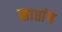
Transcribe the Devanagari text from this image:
साप्तांग